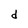
Character: d